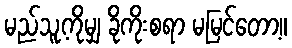
မည်သူ့ကိုမျှ ခိုကိုးစရာ မမြင်တော့။